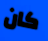
كان